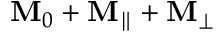
\mathbf { M } _ { 0 } + \mathbf { M } _ { \parallel } + \mathbf { M } _ { \perp }